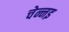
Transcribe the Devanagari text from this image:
चेन्नइ